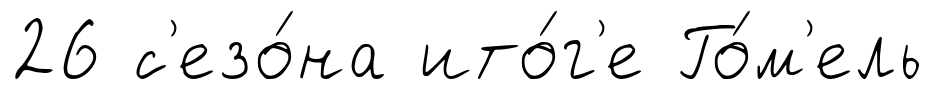
26 с'езо́на ито́г'е Го́м'ель